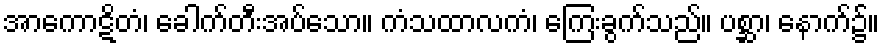
အာကောဋိတံ၊ ခေါက်တီးအပ်သော။ ကံသထာလကံ၊ ကြေးခွက်သည်။ ပစ္ဆာ၊ နောက်၌။